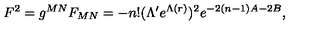
F ^ { 2 } = g ^ { M N } F _ { M N } = - n ! ( \Lambda ^ { \prime } e ^ { \Lambda ( r ) } ) ^ { 2 } e ^ { - 2 ( n - 1 ) A - 2 B } ,